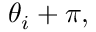
\theta _ { i } + \pi ,